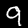
Label: 9